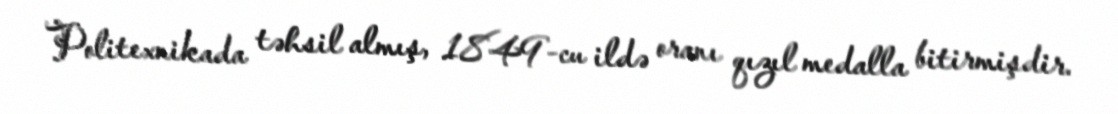
Politexnikada təhsil almış, 1849-cu ildə oranı qızıl medalla bitirmişdir.